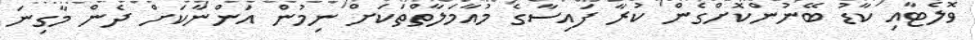
ވޮލެޓާއި ކާޑު ބޭނުންކޮށްގެން ކުރާ ފައިސާގެ މުއާމަލާތްތަކަށް ނިމުން އަންނާކަށް ދެން މާގިނަ